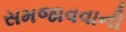
સમજાવવાની